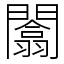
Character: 闟